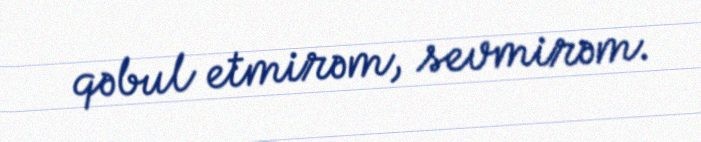
qəbul etmirəm, sevmirəm.